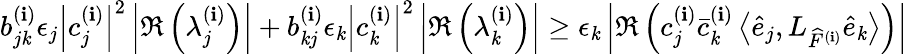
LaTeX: b_{j\mathit{k}}^{(\mathbf{i})}\epsilon_{j}\left|c_{j}^{(\mathbf{i})}\right|^{2}\left|\Re\left(\lambda_{j}^{(\mathbf{i})}\right)\right|+b_{\mathit{k}j}^{(\mathbf{i})}\epsilon_{\mathit{k}}\left|c_{\mathit{k}}^{(\mathbf{i})}\right|^{2}\left|\Re\left(\lambda_{\mathit{k}}^{(\mathbf{i})}\right)\right|\geq\epsilon_{\mathit{k}}\left|\Re\left(c_{j}^{(\mathbf{i})}\bar{{c}}_{\mathit{k}}^{(\mathbf{i})}\left\langle\widehat{{e}}_{j},L_{\widehat{{F}}^{(\mathbf{i})}}\widehat{{e}}_{\mathit{k}}\right\rangle\right)\right|